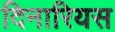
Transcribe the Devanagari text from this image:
दिनारियस